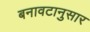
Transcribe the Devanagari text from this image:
बनावटानुसार